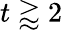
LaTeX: t\gtrapprox 2